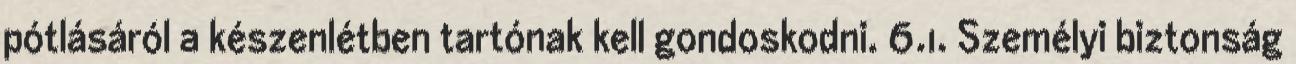
pótlásáról a készenlétben tartónak kell gondoskodni. 6.1. Személyi biztonság